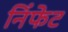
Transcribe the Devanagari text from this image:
निंफेट